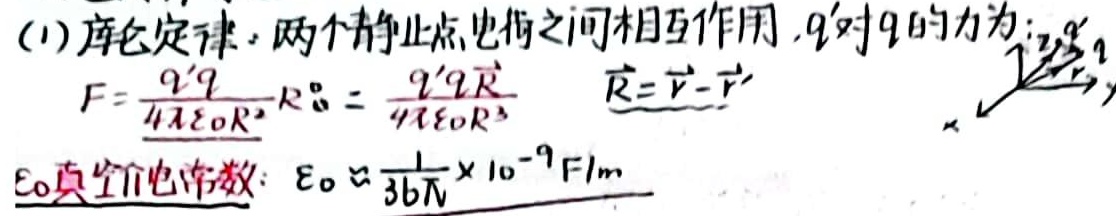
(1) 库仑定律：两个静止点电荷之间相互作用，$q'$对$q$的力为：
\[ F = \frac{q'q}{4\pi\varepsilon_0 R^2} \hat{R} = \frac{q'q \vec{R}}{4\pi\varepsilon_0 R^3} \quad \vec{R} = \vec{r} - \vec{r}' \]
$\varepsilon_0$真空介电常数：$\varepsilon_0 \approx \frac{1}{36\pi} \times 10^{-9} F/m$